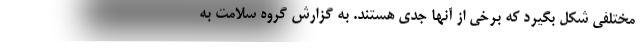
مختلفی شکل بگیرد که برخی از آنها جدی هستند. به گزارش گروه سلامت به